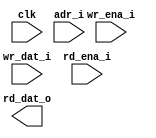
module db_mv_ram_sp_512x20 (
    // global
    clk       ,
    // address
    adr_i     ,
    // write
    wr_ena_i  ,
    wr_dat_i  ,
    // read
    rd_ena_i  ,
    rd_dat_o  
    );

//--- input/output declaration --------------------------
  // global
  input               clk         ;
  // address
  input  [9 -1 :0]    adr_i       ;
  // write
  input               wr_ena_i    ;
  input  [20-1 :0]    wr_dat_i    ;
  // read
  input               rd_ena_i    ;
  output [20-1 :0]    rd_dat_o    ;


`ifdef RTL_MODEL
  ram_1p #(
      .Word_Width(  20                ),
      .Addr_Width(  `PIC_X_WIDTH+3    )
      ) u_ram_1p(
        .clk    ( clk       ),
        .cen_i  ( wr_ena_i && rd_ena_i  ),
        .oen_i  ( 1'b0      ),
        .wen_i  ( wr_ena_i     ),
        .addr_i ( adr_i     ),
        .data_i ( wr_dat_i  ),      
        .data_o ( rd_dat_o  )           
  );

`endif

`ifdef XM_MODEL 
    rfsphd_512x20 u_rfsphd_512x20(
        .Q      (rd_dat_o   ), // data_o
        .CLK    (clk        ), 
        .CEN    ( wr_ena_i && rd_ena_i ), 
        .WEN    (wr_ena_i      ), 
        .A      (adr_i      ), // addr
        .D      (wr_dat_i   ), // data_i
        .EMA    ( 3'b1 ), 
        .EMAW   ( 2'b0 ),
        .RET1N  ( 1'b1 )
        );   
`endif 
endmodule